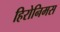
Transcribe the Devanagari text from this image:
हिरोनिमस